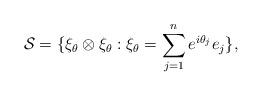
LaTeX: \begin{align*}\mathcal{S}=\{\xi_{\theta}\otimes\xi_{\theta}:\xi_{\theta}=\sum_{j=1}^{n} e^{i\theta_{j}} e_{j}\},\end{align*}